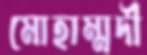
মোহাম্মদী